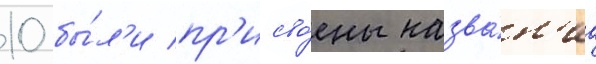
10 бы́л'и пр'исво́ены назва́н'иа